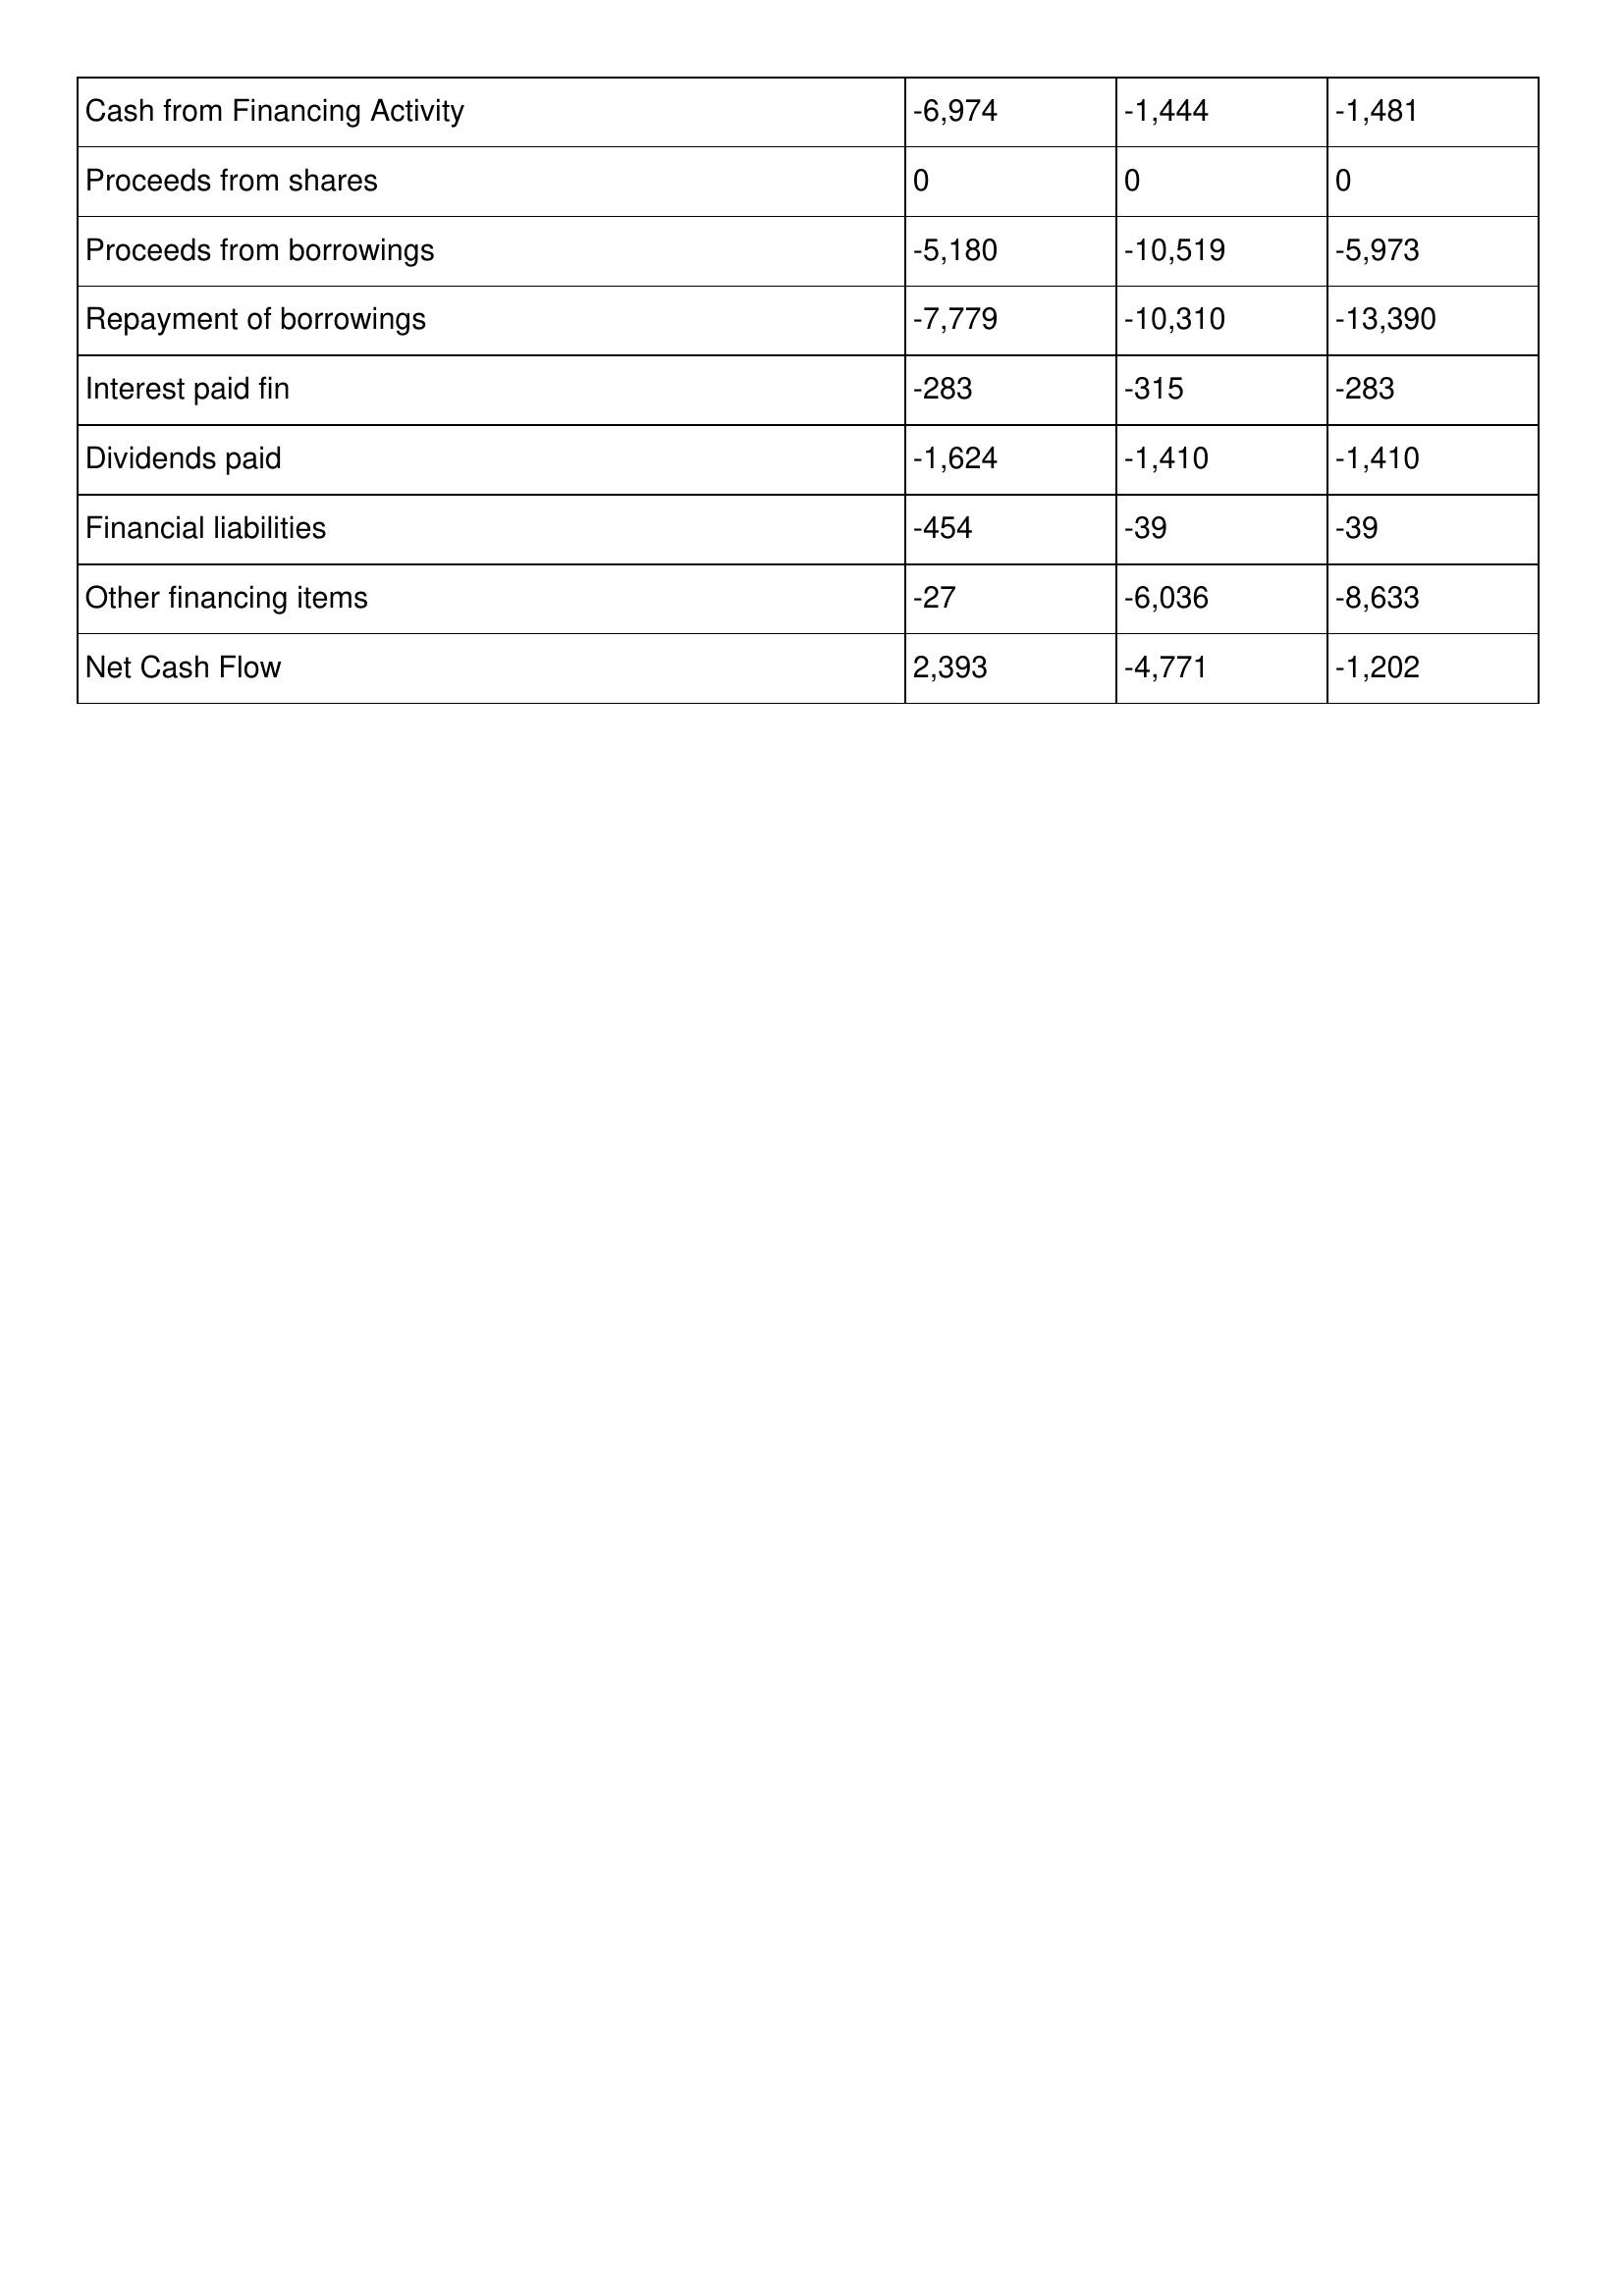
gt_parse: 2008: Cash Flows: Cash from Financing Activity: -6,974
Proceeds from shares: 0
Proceeds from borrowings: -5,180
Repayment of borrowings: -7,779
Interest paid fin: -283
Dividends paid: -1,624
Financial liabilities: -454
Other financing items: -27
Net Cash Flow: 2,393
2007: Cash Flows: Cash from Financing Activity: -1,444
Proceeds from shares: 0
Proceeds from borrowings: -10,519
Repayment of borrowings: -10,310
Interest paid fin: -315
Dividends paid: -1,410
Financial liabilities: -39
Other financing items: -6,036
Net Cash Flow: -4,771
2006: Cash Flows: Cash from Financing Activity: -1,481
Proceeds from shares: 0
Proceeds from borrowings: -5,973
Repayment of borrowings: -13,390
Interest paid fin: -283
Dividends paid: -1,410
Financial liabilities: -39
Other financing items: -8,633
Net Cash Flow: -1,202